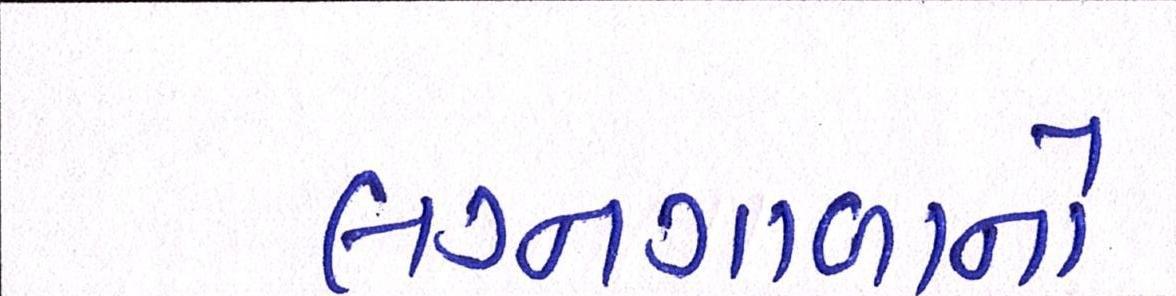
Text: લગ્નગાળાનો